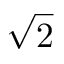
\sqrt { 2 }